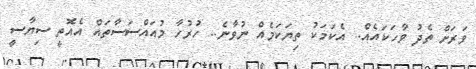
ވަރަށް ތެދު ވާހަކައެއް.. އެކަމަކު ތިޔަކަމެއް ނުވާނެ.. ހުރުހާ މުއައްސަސާތައް އެއޮތީ ސިޔާސީ